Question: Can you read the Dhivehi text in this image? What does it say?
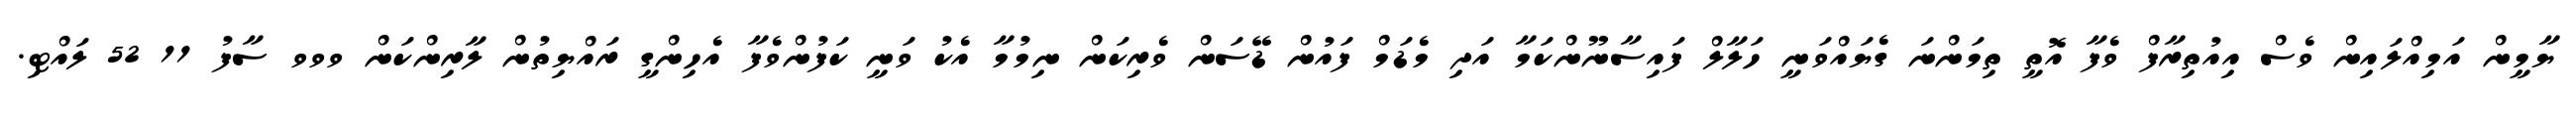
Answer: ޔާމީން އަމިއްލައިން ވެސް އިއުތިރާފް ވެފާ އޮތީ ތިމަންނަ ގެޔައްވަނީ ހަލާލް ފައިސާނޫންކަމާ އަދި މެޑަމް ފައުން ޑޭސަން ވެރިކަން ނިމުމާ އެކު ވަނީ ކަފުންވެފާ އެހިންގީ ރައްޔިތުން ލާރިންކަން ވވވ ސާފު 11 52 ލައްޓި.